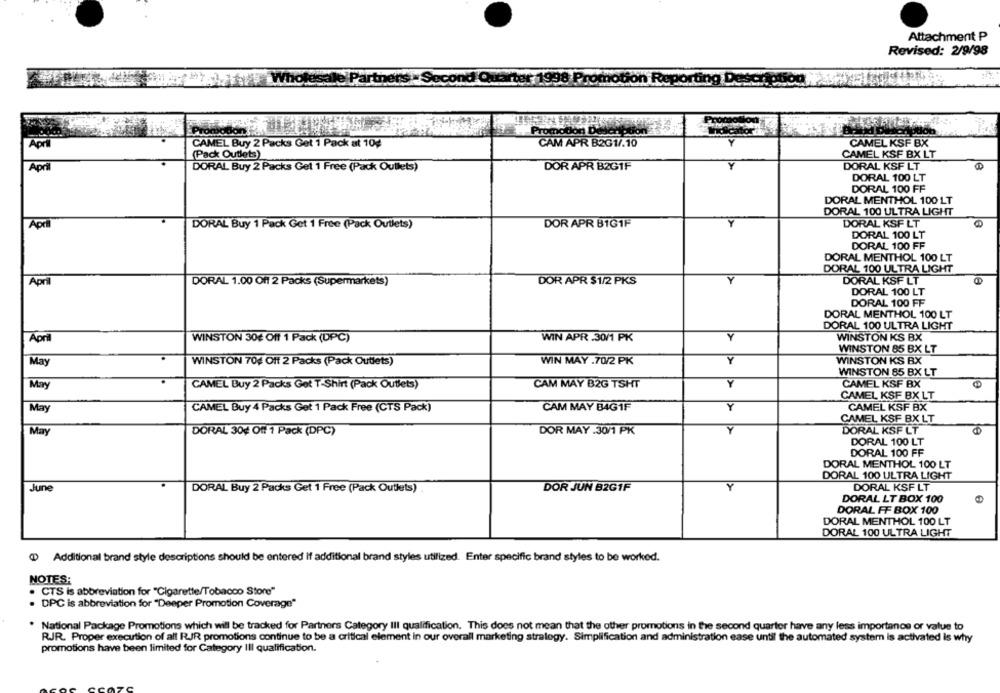
Attachment P
Revised: 2/9/98
CAMEL Buy 2 Packs Get 1 Pack at 10€
CAM APR B2G1/.10
CAMEL KSF BX
(Pack Outlets)
CAMEL KSF BX LT
DORAL Buy 2 Packs Get 1 Free (Pack Outlets)
DOR APR B2G1F
DORAL KSF LT
Apr
DORAL 100 LT
DORAL 100 FF
DORAL MENTHOL 100 LT
DORAL 100 ULTRA LIGHT
Apri
DORAL Buy 1 Pack Get 1 Free (Pack Outlets)
DOR APR B1G1F
DORAL KSF LT
DORAL 100 LT
DORAL 100 FF
DORAL MENTHOL 100 LT
DORAL 100 ULTRA LIGHT
April
DORAL 1.00 Off 2 Packs (Supermarkets)
DOR APR $1/2 PKS
Y
DORAL KSF LT
DORAL 100 LT
DORAL 100 FF
DORAL MENTHOL 100 LT
DORAL 100 ULTRA LIGHT
April
WINSTON 30₺ Off 1 Pack (DPC)
WIN APR .30/1 PK
Y
WINSTON KS BX
WINSTON 85 BX LT
WIN MAY .70/2 PK
Y
WINSTON KS BX
May
WINSTON 704 Off 2 Packs (Pack Outlets)
WINSTON 85 BX LT
May
CAMEL Buy 2 Packs Got T-Shirt (Pack Outlets)
CAM MAY B2G TSHT
Y
CAMEL KSF BX
CAMEL KSF BX LT
May
CAMEL Buy 4 Packs Get 1 Pack Free (CTS Pack)
CAM MAY B4GIF
Y
CAMEL KSF BX
CAMEL KSF BX LT
Y
May
DORAL 30g Off 1 Pack (DPC)
DOR MAY .30/1 PK
DORAL KSF LT
DORAL 100 LT
DORAL 100 FF
DORAL MENTHOL 100 LT
DORAL 100 ULTRA LIGHT
Y
June
DORAL Buy 2 Packs Get 1 Free (Pack Outlets)
DOR JUN B2G1F
DORAL KSF LT
DORAL LT BOX 100
DORAL FF BOX 100
DORAL MENTHOL 100 LT
DORAL 100 ULTRA LIGHT
Additional brand style descriptions should be entered If additional brand styles utilized. Enter specific brand styles to be worked.
NOTES:
. CTS is abbreviation for "Cigarette/Tobacco Store"
. DPC is abbreviation for "Deeper Promotion Coverage"
National Package Promotions which will be tracked for Partners Category III qualification. This does not mean that the other promotions in the second quarter have any less importance or value to
RJR. Proper execution of all RIR promotions continue to be a critical element in our overall marketing strategy. Simplification and administration ease until the automated system is activated is why
promotions have been limited for Category Ill qualification.